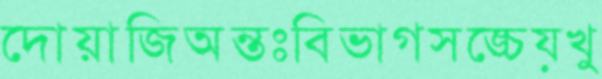
দোয়াজিঅন্তঃবিভাগসঙ্চেয়খু